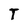
Character: T